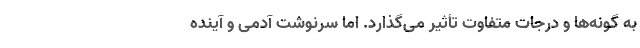
به گونه‌ها و درجات متفاوت تأثیر می‌گذارد. اما سرنوشت آدمی ‌و آینده